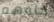
خلفهم